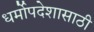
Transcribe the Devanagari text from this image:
धर्मोपदेशासाठी